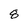
Character: 8